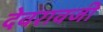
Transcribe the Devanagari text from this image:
देवरावजी